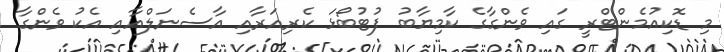
މި ޑޮކިއުމެންޓްރީ ގައި ވެންގާގެ ކާމިޔާބު ފުޓުބޯޅަ ކެރިއަރާއި އާސެނަލްއާއި އެކު ވެންގާ